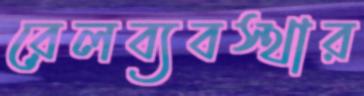
রেলব্যবস্থার